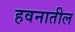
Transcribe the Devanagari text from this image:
हवनातील